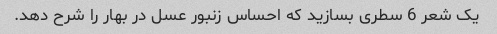
یک شعر 6 سطری بسازید که احساس زنبور عسل در بهار را شرح دهد.